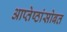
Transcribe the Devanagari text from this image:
आप्तेष्ठांसोबत